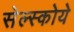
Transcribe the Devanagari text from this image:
सेल्स्कोये